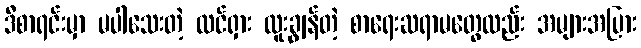
ဒီစာရင်းမှာ မပါသေးတဲ့ ထင်ရှား ထူးချွန်တဲ့ စာရေးဆရာမတွေလည်း အများအပြား